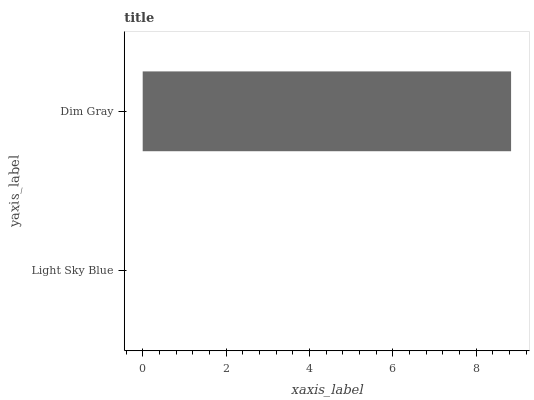
| yaxis_label | bars |
 | --- | --- |
 | Light Sky Blue | 0 |
 | Dim Gray | 8.84 |